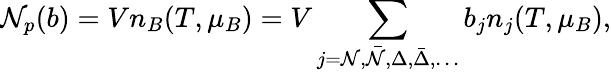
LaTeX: \mathcal{N}_{p}(b)=Vn_{B}(T,\mu_{B})=V\sum_{j=\mathcal{N},\bar{{\mathcal{N}}},\Delta,\bar{{\Delta}},\dots}b_{j}n_{j}(T,\mu_{B}),